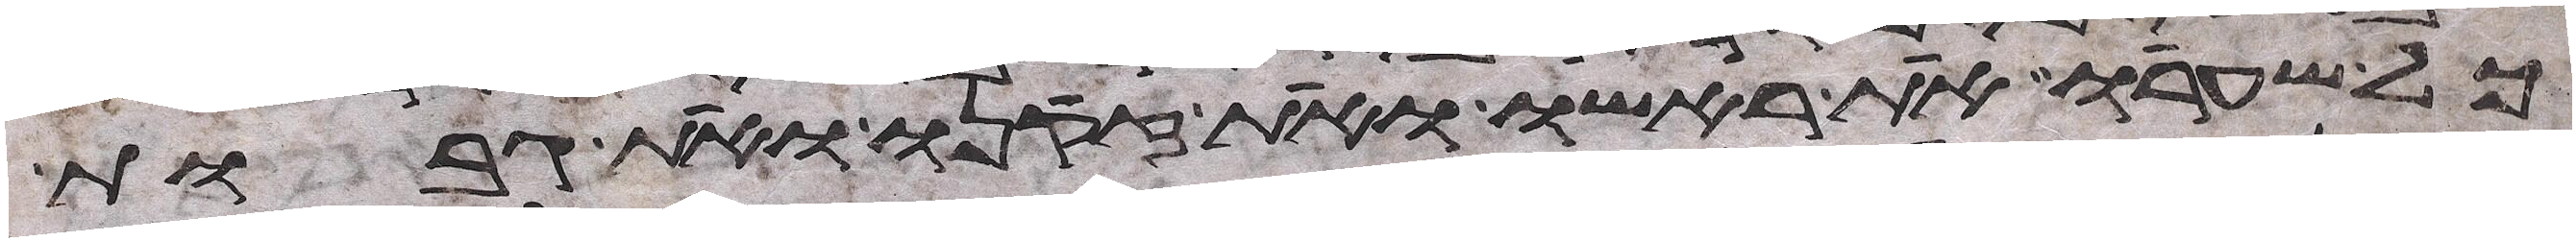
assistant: כל שערו את ראשו ואת זקנו ואת גבות